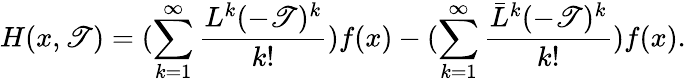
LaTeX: H(x,\mathscr{T})=(\sum_{k=1}^{\infty}\frac{{{L}^{k}(-\mathscr{T})^{k}}}{{k!}})f(x)-(\sum_{k=1}^{\infty}\frac{{{\bar{{L}}}^{k}(-\mathscr{T})^{k}}}{{k!}})f(x).